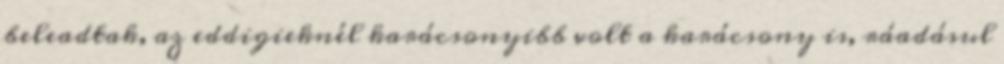
beleadtak, az eddigieknél karácsonyibb volt a karácsony is, ráadásul